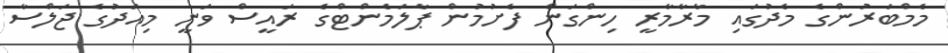
މެމްބަރުންގެ މެދުގައި މާރާމާރީ ހިންގަން ފެށުމުން ޕާލަމެންޓްގެ ރައީސް ވަނީ މިއަދުގެ ޖަލްސާ